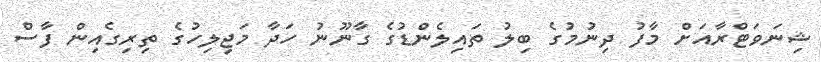
ޝިނަވަޓްރާއަށް މާފު ދިނުމުގެ ބިލު ތައިލެންޑުގެ ގާނޫނު ހަދާ މަޖިލިހުގެ ތިރިގެއިން ފާސް